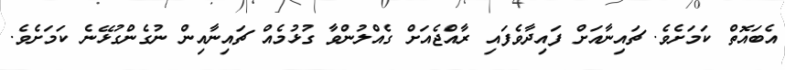
އެބައޮތް ކަމަށެވެ. ޗައިނާއަށް ފައިދާވެފައި ރާއްޖެއަށް ގެއްލުންވާ ގުޅުމެއް ޗައިނާއިން ނުގެންގުޅޭނެ ކަމަށެވެ.